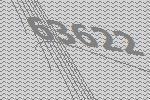
63622